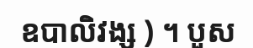
ឧបាលិវង្ស ) ។ បួស